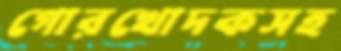
গোরখোদকসহ